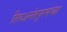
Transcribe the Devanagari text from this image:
तिरुअनंतपूरमच्या